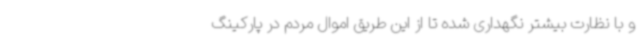
و با نظارت بیشتر نگهداری شده تا از این طریق اموال مردم در پارکینگ